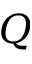
Q